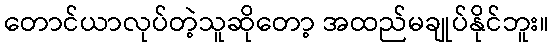
တောင်ယာလုပ်တဲ့သူဆိုတော့ အထည်မချုပ်နိုင်ဘူး။